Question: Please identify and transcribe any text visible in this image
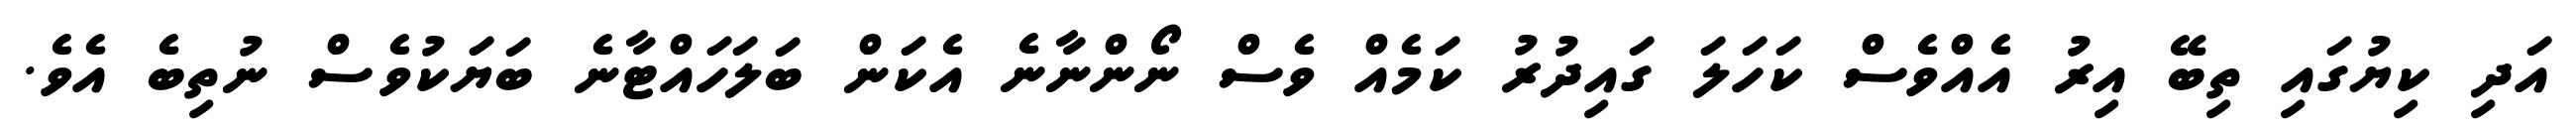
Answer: އަދި ކިޔުގައި ތިބޭ އިރު އެއްވެސް ކަހަލަ ގައިދުރު ކަމެއް ވެސް ނޯންނާނެ އެކަން ބަލަހައްޓާނެ ބަޔަކުވެސް ނުތިބެ އެވެ.